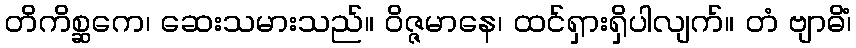
တိကိစ္ဆကေ၊ ဆေးသမားသည်။ ဝိဇ္ဇမာနေ၊ ထင်ရှားရှိပါလျက်။ တံ ဗျာဓိံ၊